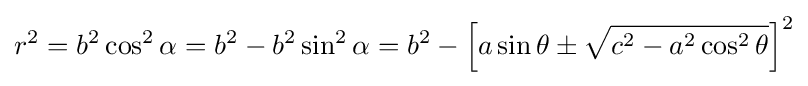
r^{2}=b^{2}\cos ^{2}\alpha =b^{2}-b^{2}\sin ^{2}\alpha =b^{2}-\left[a\sin \theta \pm {\sqrt {c^{2}-a^{2}\cos ^{2}\theta }}\right]^{2}